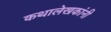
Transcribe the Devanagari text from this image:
कथालेखकांनी